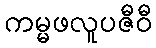
ကမ္မဖလူပဇီဝီ